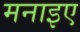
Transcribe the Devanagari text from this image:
मनाइए